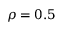
\rho = 0 . 5